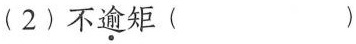
(2)不逾矩 （）